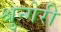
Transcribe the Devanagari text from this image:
श्रुन्गेरी